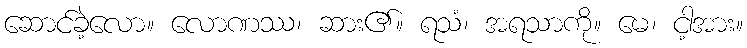
ဆောင်ခဲ့လော။ လောဏဿ၊ ဆား၏။ ရသံ၊ အရသာကို။ မေ၊ ငါ့အား။